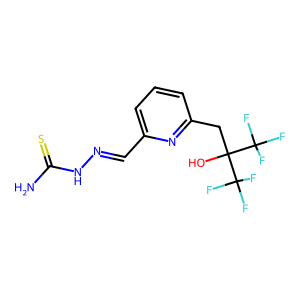
SMILES: NC(=S)NN=Cc1cccc(CC(O)(C(F)(F)F)C(F)(F)F)n1
Inhibits HIV replication: No